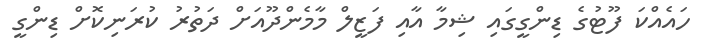
ހައެއްކަ ފޫޓުގެ ޑިންގީގައި ޝިމާ އާއި ފަޒީލް މާމެންދޫއަށް ދަތުރު ކުރަނިކޮށް ޑިންގީ